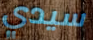
سيدي